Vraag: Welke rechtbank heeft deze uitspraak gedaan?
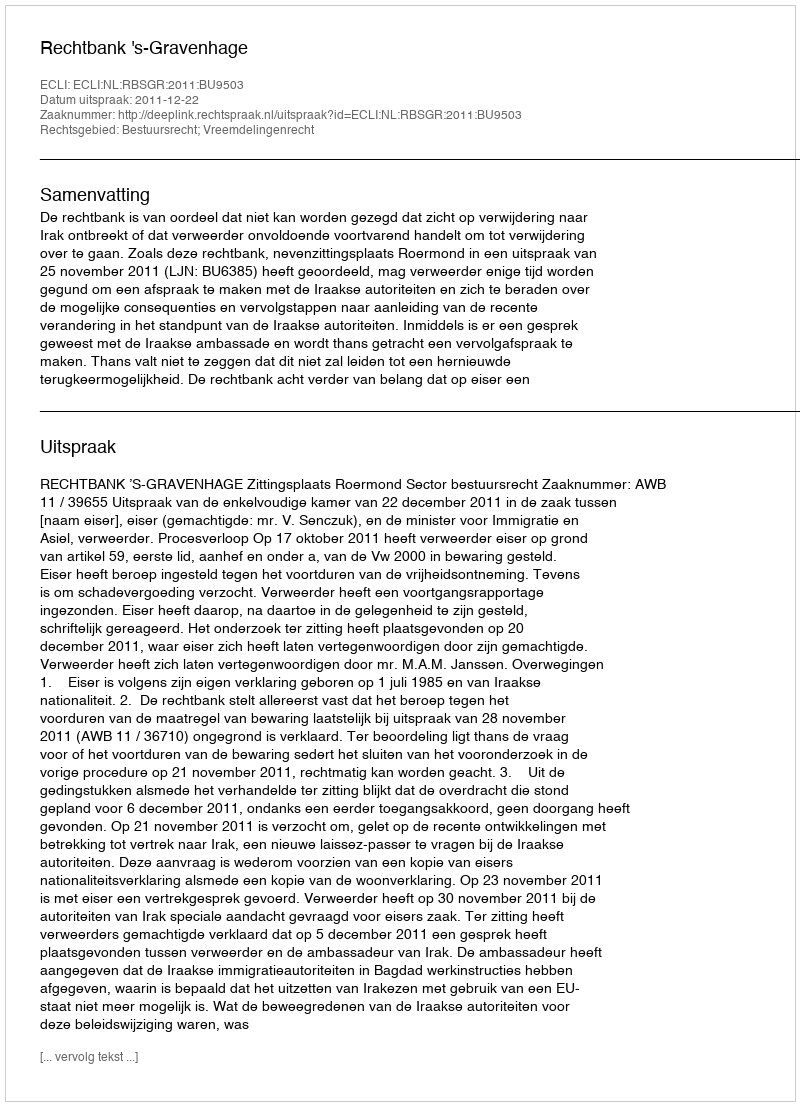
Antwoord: Rechtbank 's-Gravenhage